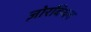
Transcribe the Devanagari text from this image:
ज़ोरबियन